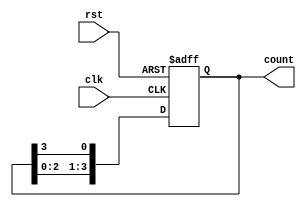
module ring_counter 
(
    input wire clk,
    input wire rst,
    output reg [3:0] count
);

always @(posedge clk or posedge rst)
begin
    if (rst)
        count <= 4'b0001;
    else
        count <= {count[2:0], count[3]};
end

endmodule